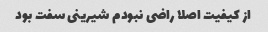
از کیفیت اصلا راضی نبودم شیرینی سفت بود